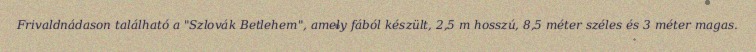
Frivaldnádason található a "Szlovák Betlehem", amely fából készült, 2,5 m hosszú, 8,5 méter széles és 3 méter magas.